Vital statistics of India. Vol. V, Reports of 1876 on armies & jails and on epidemic cholera
Year: 1876
Disease focus: Cholera
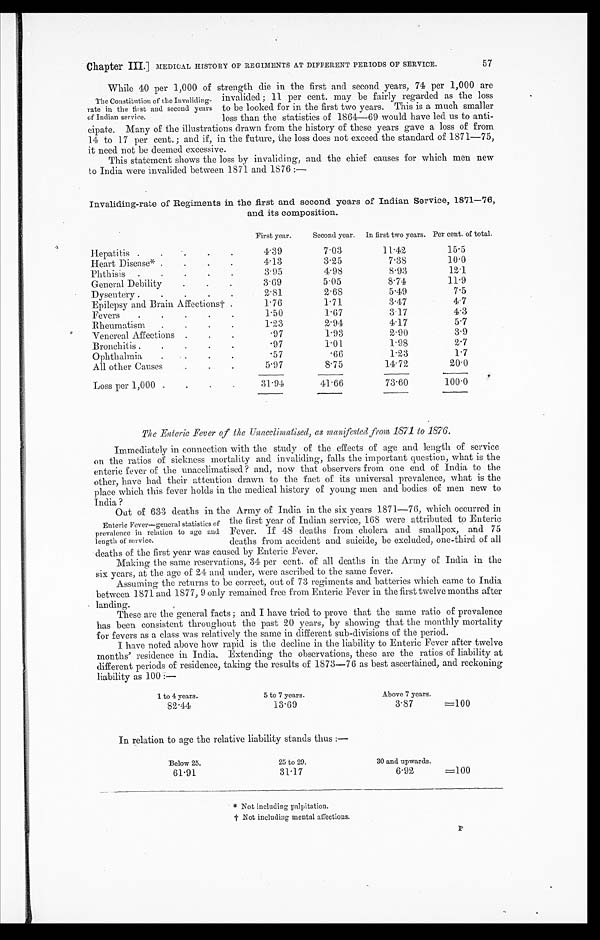
Chapter III.] MEDICAL HISTORY OF REGIMENTS AT DIFFERENT PERIODS OF SERVICE. 57
While 40 per 1.000 of strength die in the first and second years, 74 per 1,000 are
invalided; 11 per cent. may be fairly regarded as the loss
to be looked for in the first two years. This is a much smaller
loss than the statistics of 1864—69 would have led us to anti-
cipate. Many of the illustrations drawn from the history of these years gave a loss of from
14 to 17 per cent.; and if, in the future, the loss does not exceed the standard of 1871—75,
it need not be deemed excessive.
This statement shows the loss by invaliding, and the chief causes for which men new
to India were invalided between 1871 and 1876:—
Invaliding-rate of Regiments in the first and second years of Indian Service, 1871—76,
and its composition.
First year. Second year. In first two years. Per cent. of total.
Hepatitis
4.39
7.03
11.42
15.5
Heart Disease*
4 . 1 3
3.25
7.38
10.0
Phthisis
3.95
4.98
8.93
12.1
General Debility
3.69
5.05
8.74
11.9
Dysentery
2.81
2.68
5.49
7.5
Epilepsy and Brain Affections†
1.76
1.71
3.47
4.7
Fevers
1.50
1.67
3.17
4.3
Rheumatism
1.23
2.94
4 . 1 7
5.7
Venereal Affections
.97
1.93
2.90
3.9
Bronchitis
.97
1.01
1.98
2.7
Ophthalmia
.57
. 6 6
1.23
1.7
All other Causes
5.97
8.75
14.72
20.0
Loss per 1,000
31.94
41.66
73.60
100.0
The Enteric Fever of the Unacclimatised, as manifested from, 1871 to 1876.
Immediately in connection with the study of the effects of age and length of service
on the ratios of sickness mortality and invaliding, falls the important question, what is the
enteric fever of the unacclimatised? and, now that observers from one end of India to the
other, have had their attention drawn to the fact of its universal prevalence, what is the
place which this fever holds in the medical history of young men and bodies of men new to
India?
Out of 633 deaths in the Army of India in the six years 1871—76, which occurred in
the first year of Indian service, 168 were attributed to Enteric
Fever. If 48 deaths from cholera and smallpox, and 75
deaths from accident and suicide, be excluded, one-third of all
deaths of the first year was caused by Enteric Fever.
Making the same reservations, 34 per cent. of all deaths in the Army of India in the
six years, at the age of 24 and under, were ascribed to the same fever.
Assuming the returns to be correct, out of 73 regiments and batteries which came to India
between 1871 and 1877, 9 only remained free from Enteric Fever in the first twelve months after
landing.
These are the general facts; and I have tried to prove that the same ratio of prevalence
has been consistent throughout the past 20 years, by showing that the monthly mortality
for fevers as a class was relatively the same in different sub-divisions of the period.
I have noted above how rapid is the decline in the liability to Enteric Fever after twelve
months' residence in India. Extending the observations, these are the ratios of liability at
different periods of residence, taking the results of 1873—76 as best ascertained, and reckoning
liability as 100:—
1 to 4 years.
5 to 7 years.
Above 7 years.
82.44
13.69
3.87
=100
In relation to age the relative liability stands thus:—
Below 25.
25 to 29.
30 and upwards.
61.91
31.17
6.92
=100
* Not including palpitation.
† N o t i n c l u d i n g m e n t a l a f f e c t i o n s .
The Constitution of the Invaliding-
rate in the first and second years
of Indian service.
Ent e r i c Fe ve r —ge ne r a l s t a t i s t i c s of
prevalence in relation to age and
length of service.